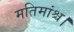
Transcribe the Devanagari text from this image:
मतिमांश्च।